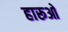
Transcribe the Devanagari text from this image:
हारूओ